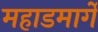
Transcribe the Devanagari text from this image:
महाडमार्गे